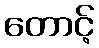
တောင့်